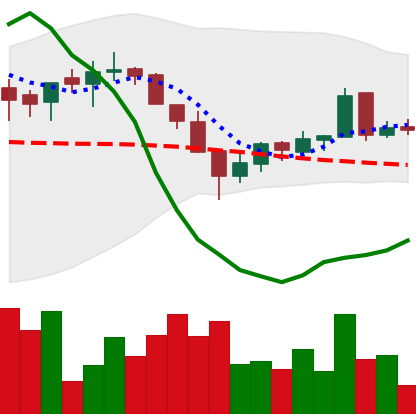
Ticker: LTC-USD
Chart end date: 2016-03-14
Forward return: -3.792%
Label: down_3_5